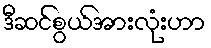
ဒီဆင်စွယ်အားလုံးဟာ